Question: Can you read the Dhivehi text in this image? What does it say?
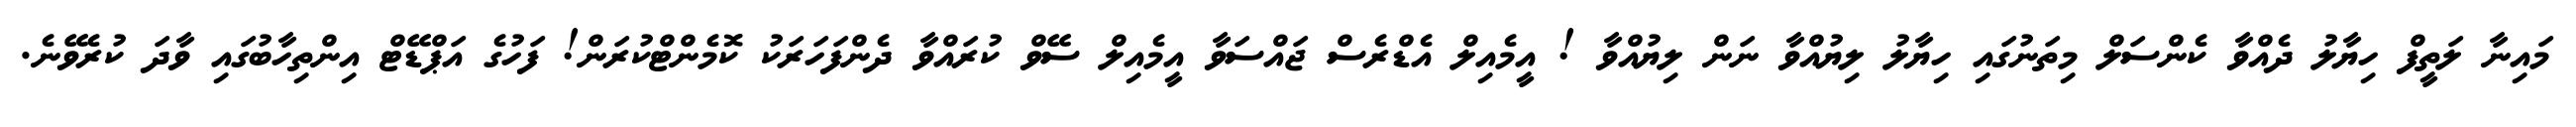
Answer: މައިނާ ލަތީފް ހިޔާލު ދެއްވާ ކެންސަލް މިތަނުގައި ހިޔާލު ލިޔުއްވާ ނަން ލިޔުއްވާ ! އީމެއިލް އެޑްރެސް ޖައްސަވާ އީމެއިލް ސޭވް ކުރައްވާ ދެންފަހަރަކު ކޮމެންޓްކުރަން! ފަހުގެ އަޕްޑޭޓް އިންތިހާބުގައި ވާދަ ކުރެވޭނެ.